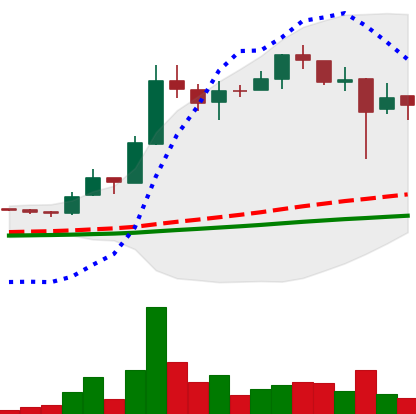
Ticker: LTC-USD
Chart end date: 2017-12-24
Forward return: -11.044%
Label: down_7plus